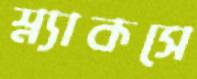
স্ন্যাকসে